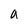
Character: a